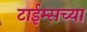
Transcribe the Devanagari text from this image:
टाईम्सच्या